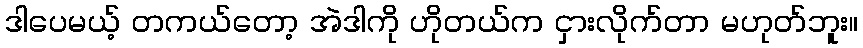
ဒါပေမယ့် တကယ်တော့ အဲဒါကို ဟိုတယ်က ငှားလိုက်တာ မဟုတ်ဘူး။